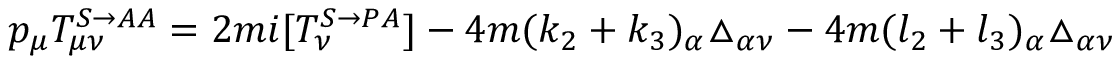
p _ { \mu } T _ { \mu \nu } ^ { S \rightarrow A A } = 2 m i [ T _ { \nu } ^ { S \rightarrow P A } ] - 4 m ( k _ { 2 } + k _ { 3 } ) _ { \alpha } \triangle _ { \alpha \nu } - 4 m ( l _ { 2 } + l _ { 3 } ) _ { \alpha } \triangle _ { \alpha \nu }